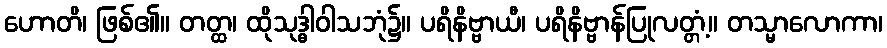
ဟောတိ၊ ဖြစ်၏။ တတ္ထ၊ ထိုသုဒ္ဓါဝါသဘုံ၌။ ပရိနိဗ္ဗာယီ၊ ပရိနိဗ္ဗာန်ပြုလတ္တံ့။ တသ္မာလောကာ၊